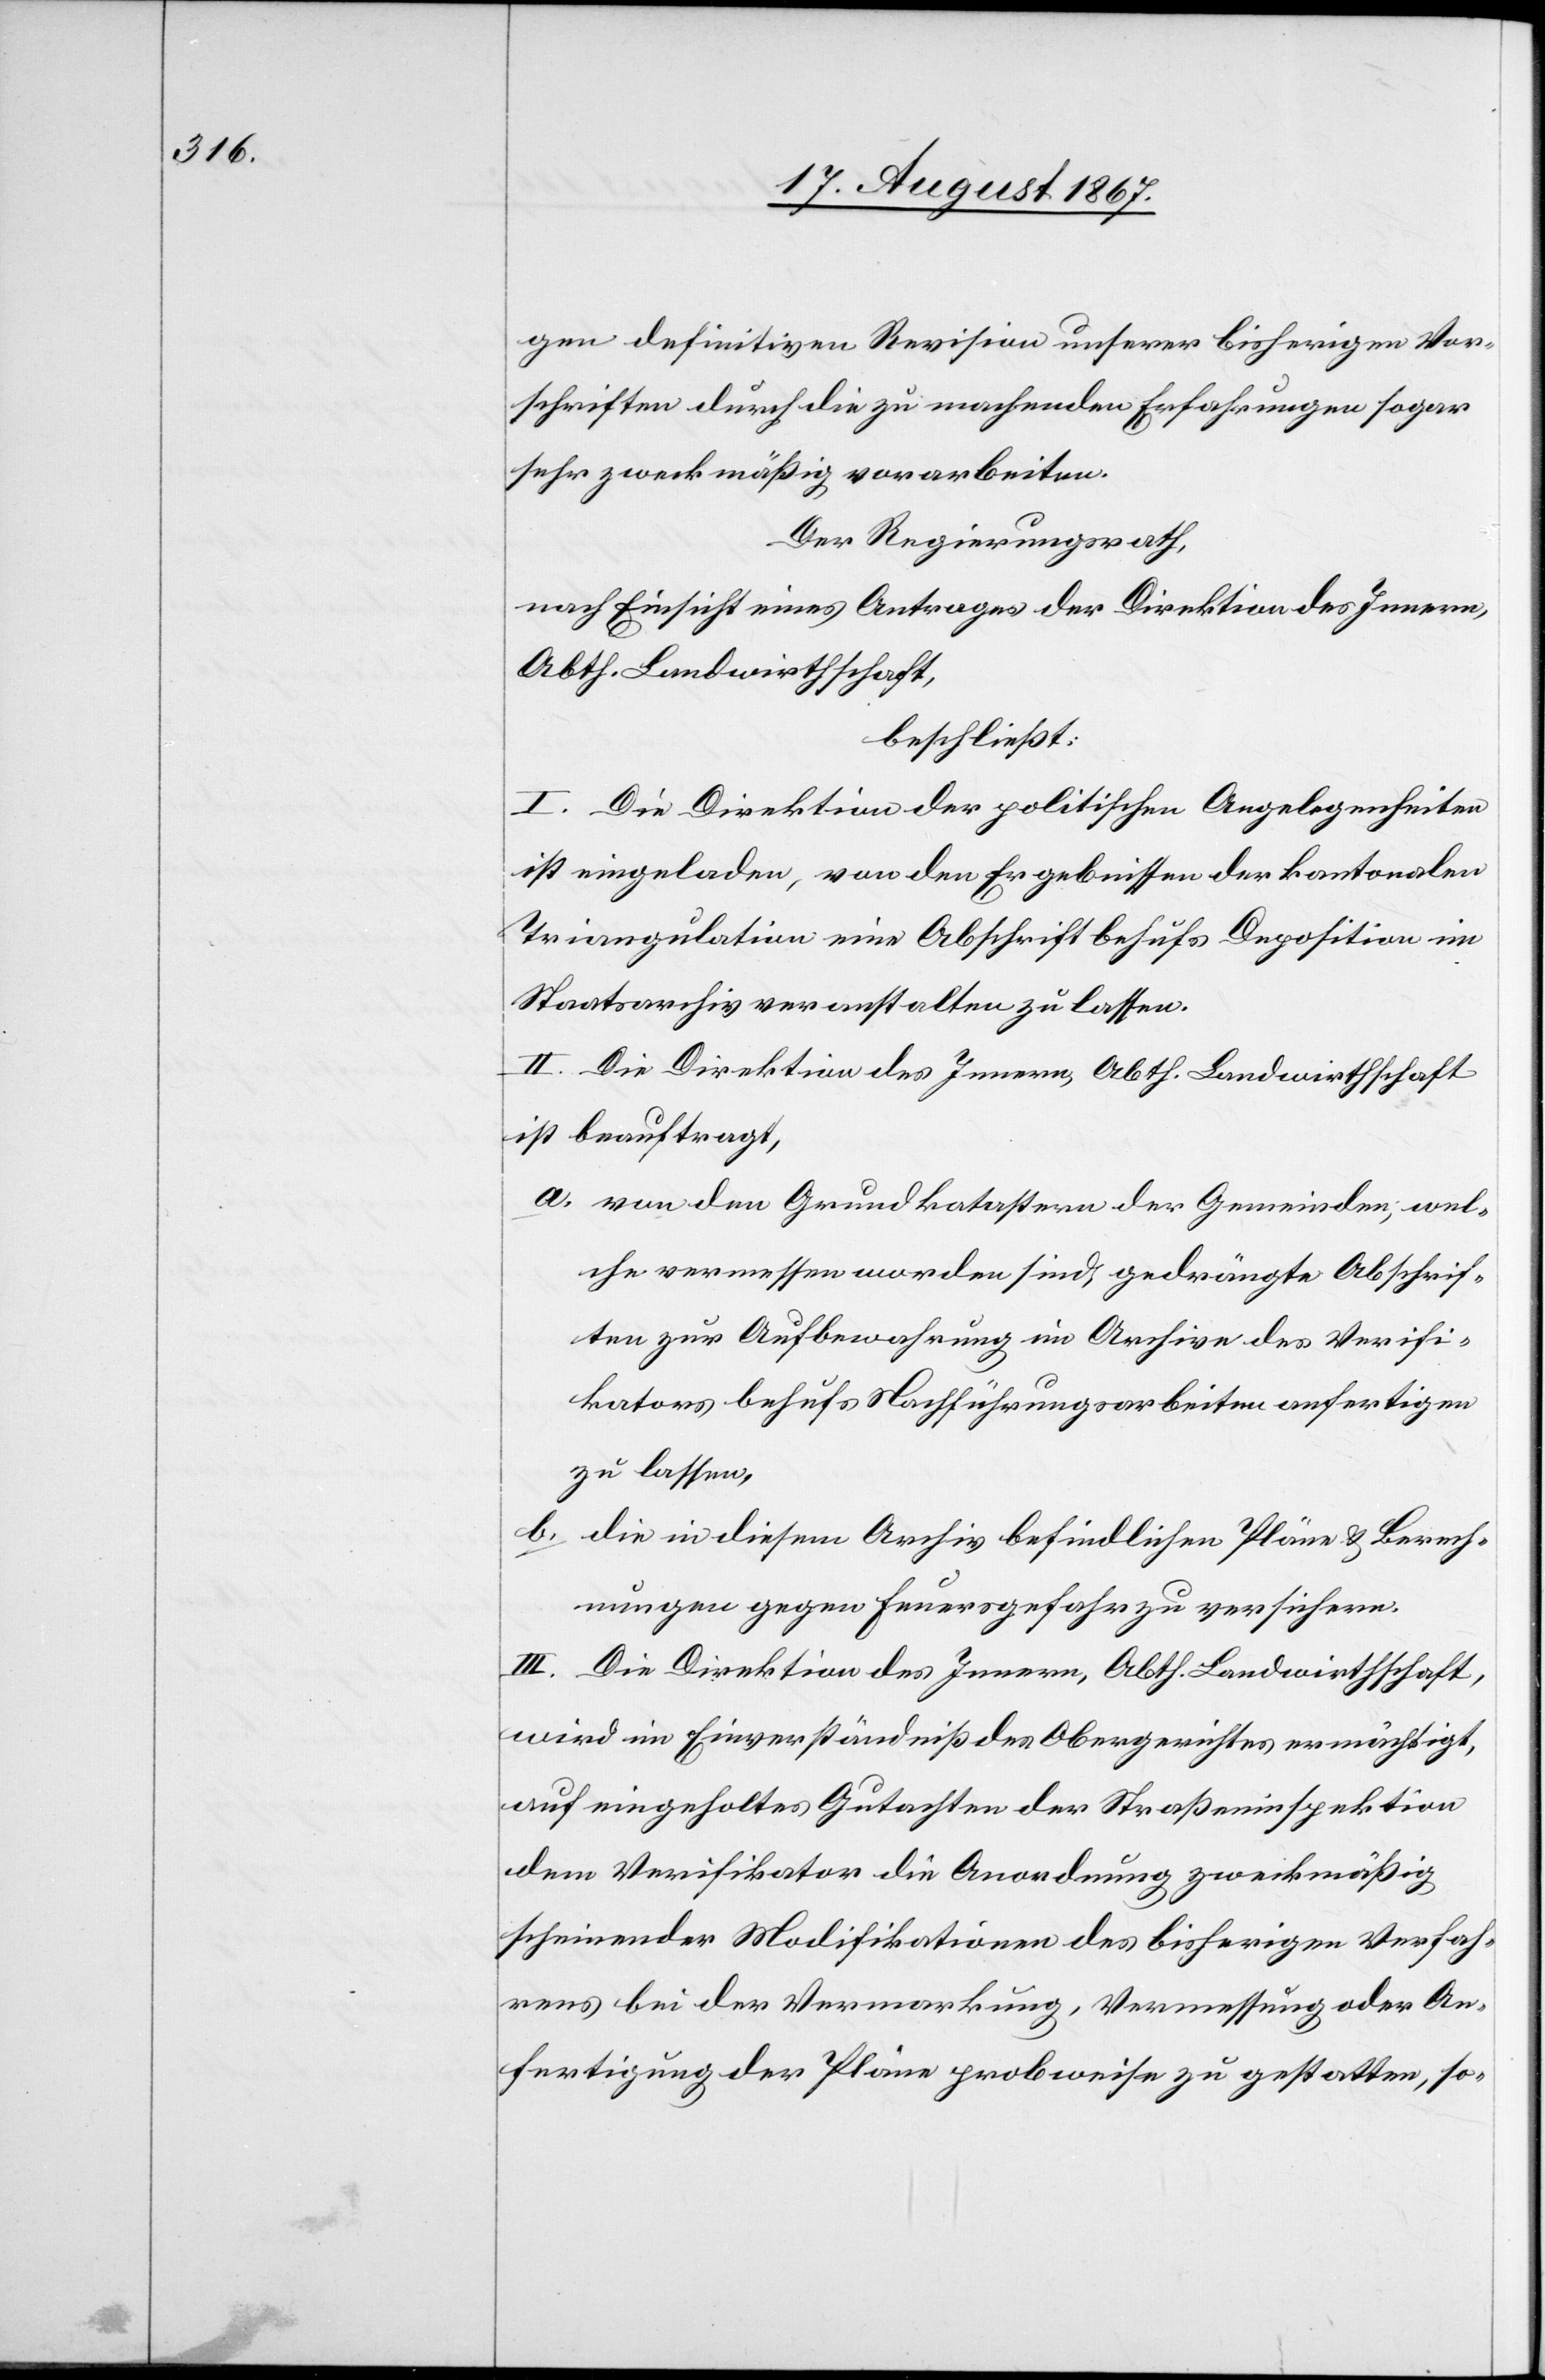
gen definitiven Revision unserer bisherigen Vor¬
schriften durch die zu machenden Erfahrungen sogar
sehr zweckmäßig vorarbeiten.
Der Regierungsrath;
nach Einsicht eines Antrages der Direktion des Innern,
Abth. Landwirthschaft,
beschließt:
I. Die Direktion der politischen Angelegenheiten
ist eingeladen, von den Ergebnissen der kantonalen
Triangulation eine Abschrift behufs Deposition im
Staatsarchiv veranstalten zu lassen.
II. Die Direktion des Innern, Abth. Landwirthschaft
ist beauftragt:
a. von den Grundkatastern der Gemeinden, wel¬
che vermessen worden sind, gedrängte Abschrif¬
ten zur Aufbewahrung im Archive des Verifi¬
kators behufs Nachführungsarbeiten anfertigen
zu lassen,
b. die in diesem Archiv befindlichen Pläne u. Berech¬
nungen gegen Feuergefahr zu versichern.
III. Die Direktion des Innern, Abth. Landwirthschaft,
wird im Einverständniß des Obergerichtes ermächtigt,
auf eingeholtes Gutachten der Straßeninspektion
dem Verifikator die Anordnung zweckmäßig
scheinender Modifikationen des bisherigen Verfah¬
rens bei der Vermarkung, Vermessung oder An¬
fertigung de Pläne probeweise zu gestatten, so